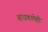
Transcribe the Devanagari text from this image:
बांधकामेही